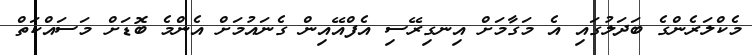
މެކްލަރެންގެ ބަދަލުގައި އެ މަގާމަށް އިނގިރޭސި އެފްއޭއިން ގެނައުމަށް އެންމެ ބޮޑަށް މަސައްކަތް